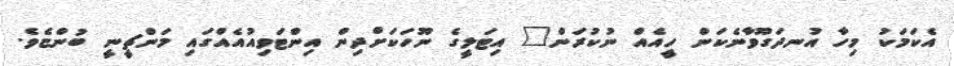
އެކަމަކު މިހާ އުނދަގޫވާނެކަން ހީއެއް ނުކުރަން" އިޓަލީގެ ނޫހަކަށްދިން އިންޓަވިއުއެއްގައި މަންޗީނީ ބުންޏެވެ.